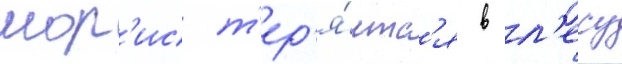
мор'ис т'ер'я́етс'я в л'есу